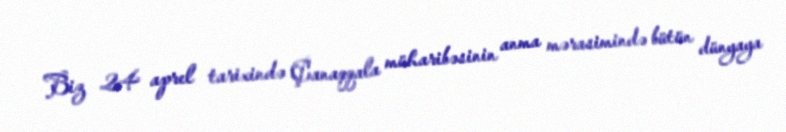
Biz 24 aprel tarixində Çanaqqala müharibəsinin anma mərasimində bütün dünyaya